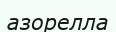
азорелла